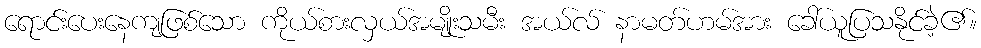
ရောင်းပေးနေကျဖြစ်သော ကိုယ်စားလှယ်အမျိုးသမီး အယ်လ် နာမတ်ဟမ်အား ခေါ်ယူပြသနိုင်ခဲ့၏။